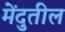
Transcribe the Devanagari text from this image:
मेंदुतील